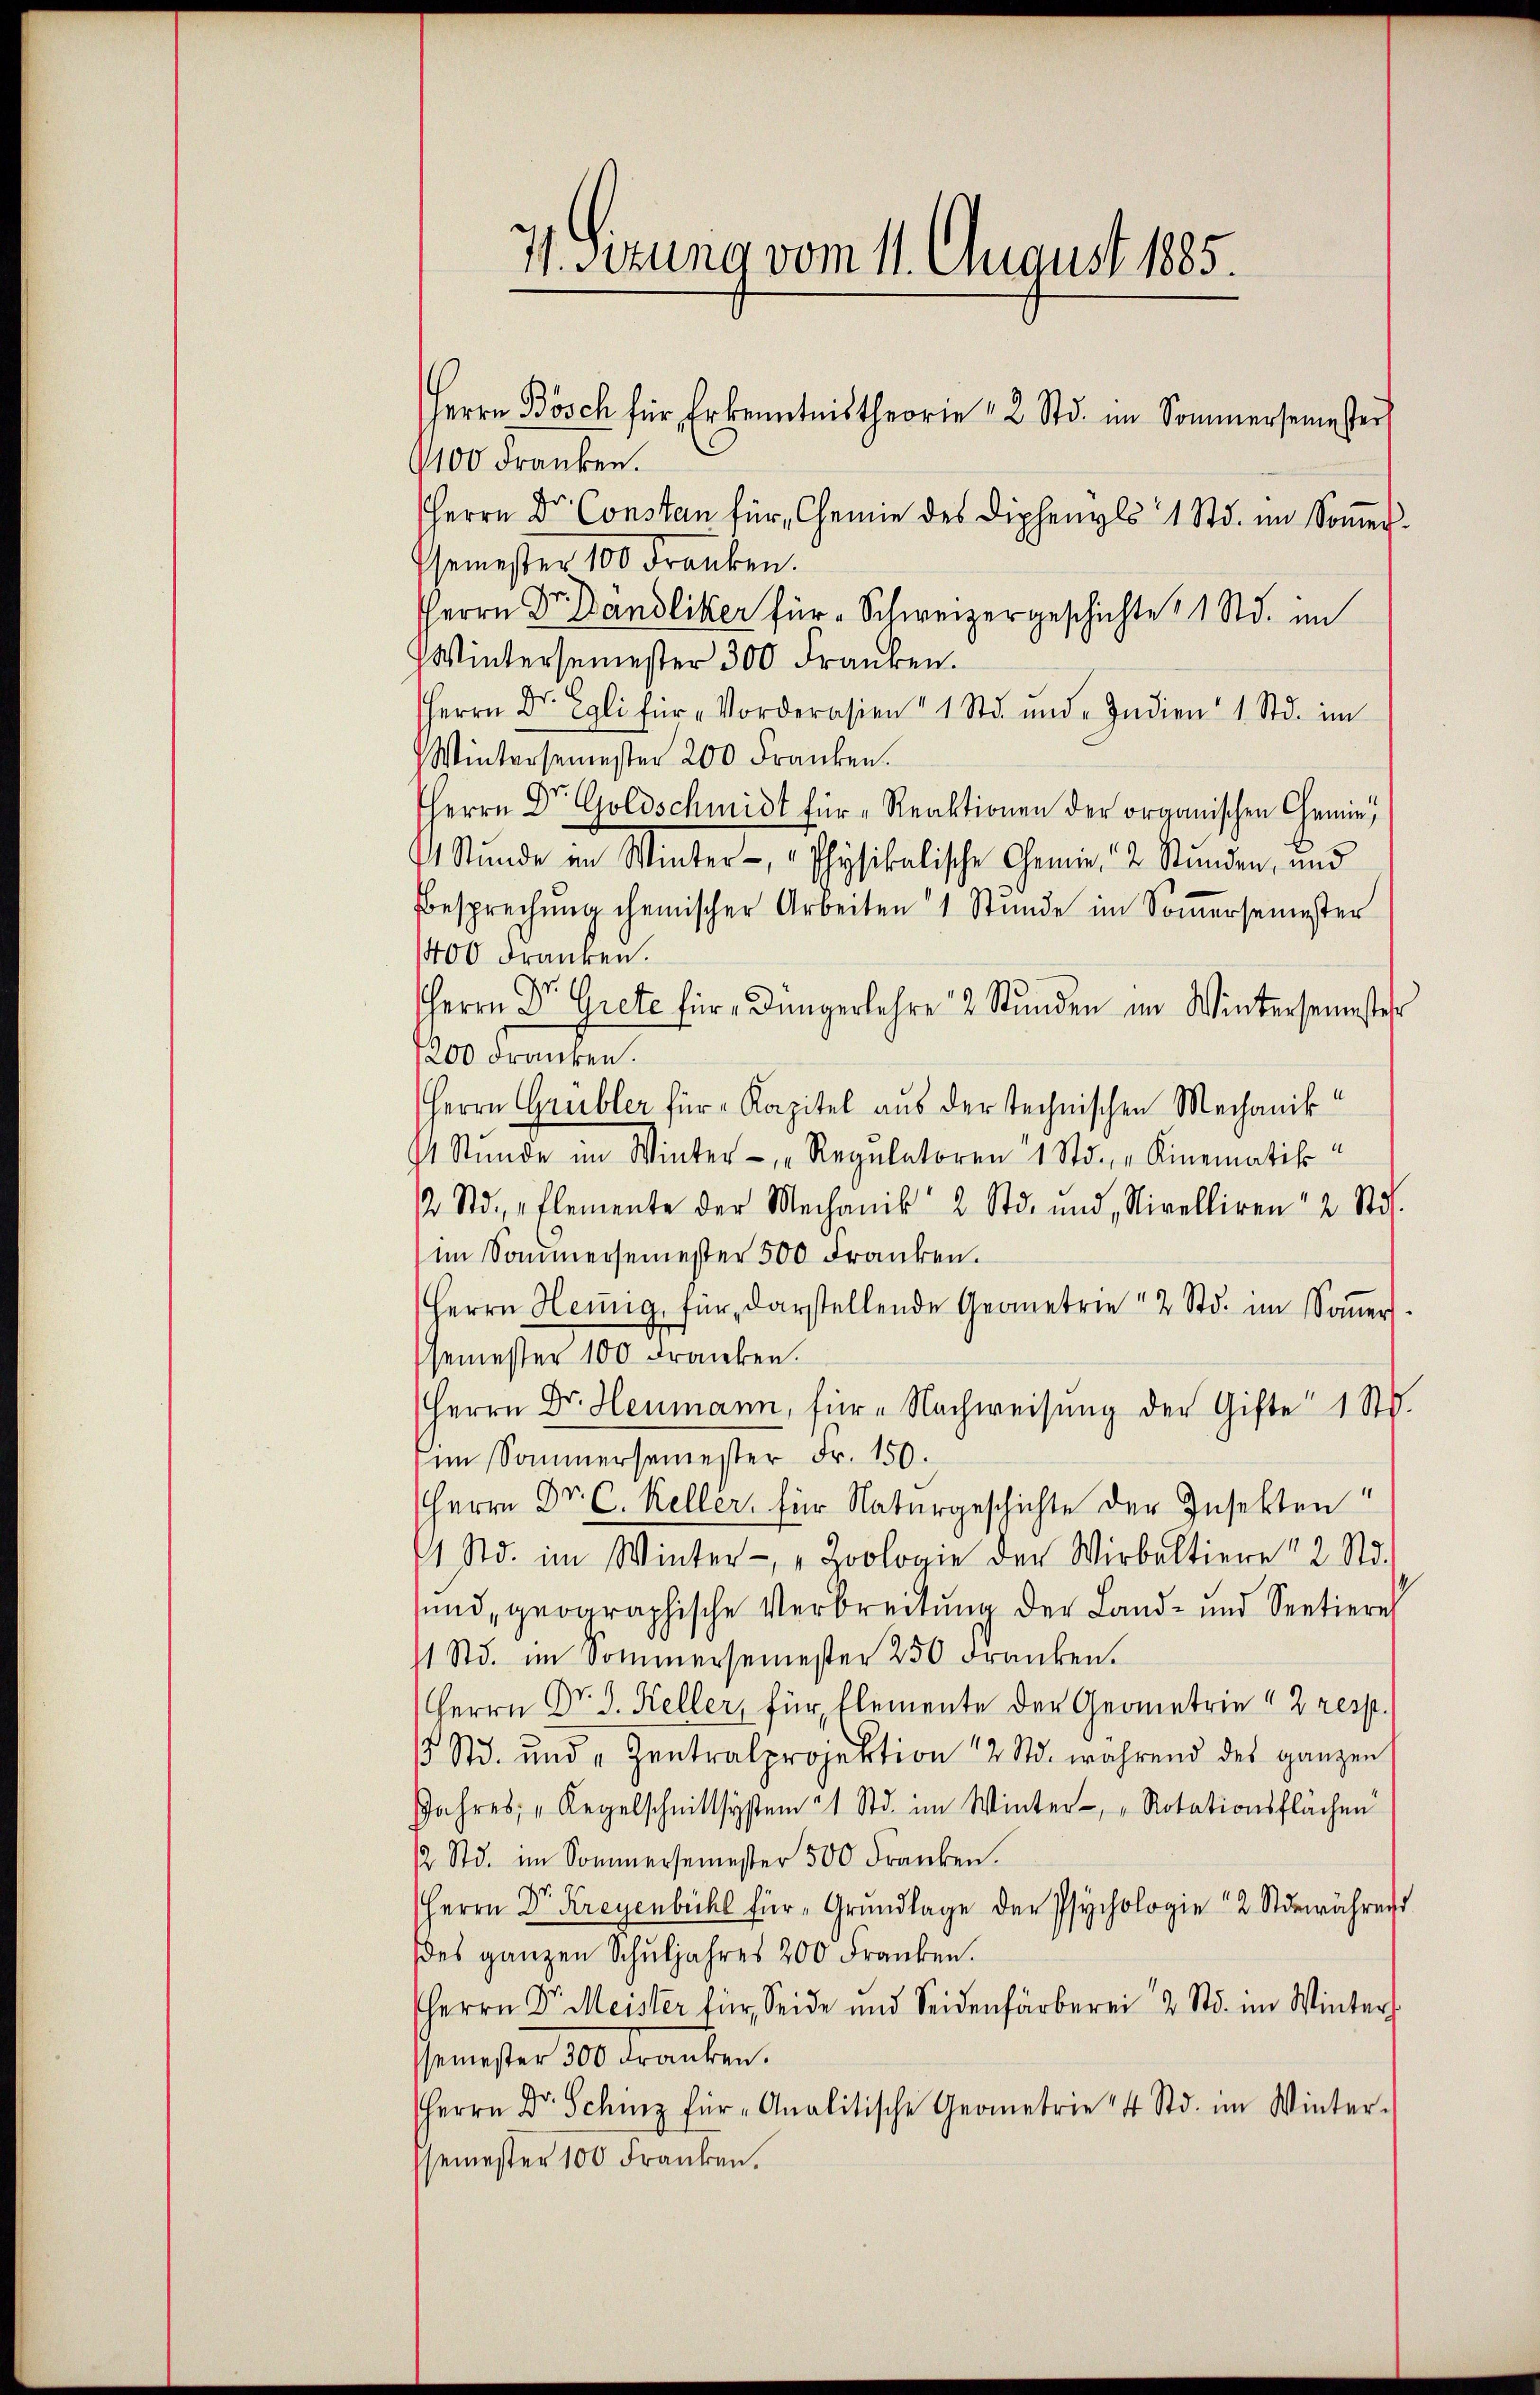
V. Setzung vom 11. Chraust 1885.
Herrn Bösch für Erkenntnistheorie 12 Std. im Sommersemester

1100 Franken.
Herrn Dr. Constan für Chemie des Diphenyls 1 Std. im Soṁer-
Gemester 100 Franken.
HHerrn Dr. Dändliker für Schweizergeschichte 1 1 Std. im
Wintersemester 300 Franken.
HHerrn Dr. Egli für „Vorderasien " 1 Std. und Indien 1 Std. im
Wintersemester 200 Franken.
HHerrn Dr. Goldschmidt für "Reaktionen der organischen Chemie
1 Stŭnde in Winter- " Physikalische Chemie 2 Stŭnden, und
besprechŭng chemischer Arbeiten 1 Stŭnde im Soṁersemester
400 dranken.
HHerrn Dr. Grete für Düngerlehre 2 Stunden im Wintersemestehr
200 dranken.
Herrn Grübler für Kapitel aus der technischen Mechanik
t Stunde im Winter "Regulatoren 1 Std. „Kinematik u
2 Std. „Elemente der Mechanik 2 Std. und Nivelliren 2 Stös.
im Sommersemester 500 Franken.
Herrn Hennig, für darstellende Geometrie 2 Std. im Soṁer-
Gsemester 100 Franken.
Herrn Dr. Heumann, für Nachweisung der Gifte 1 Std.
im Sommersemester Fr. 150.
Herrn Dr. C. Keller, für Naturgeschichte der Insekten
 Std. im Winter- "Zoologie der Wirbeltiere 2 Std.
und, geographische Verbreitung der Land- und Seetiere
11 Std. im Sommersemester 250 Franken.
Herrn Dr. J. Keller, für Elemente der Geometrie 12 resp.
 Std. und Zentralprojektion 2 Std. während des ganzen
Jahres „Regelschnittsystem 21 Std. im Winter- "Rotationsflächen
2 Std. im Sommersemester 500 Franken.
Herrn Dr. Kreyenbichl für Grŭndlage der Psychologie 2 Stdewährend
des ganzen Schŭljahres 200 Franken.
Herrn Dr. Meister für Seide und Seidenfärberei 2 Std. im Winters
ssemester 300 Franken.
Herrn Dr. Schinz für Analitische Geometrie 14 Std. im Winter-
semester 100 Franken.